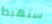
سنهبط